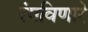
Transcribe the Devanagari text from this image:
रंगविणारे